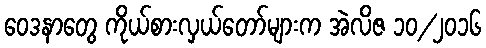
ဝေဒနာတွေ ကိုယ်စားလှယ်တော်များက အဲလိဇ ၁၀/၂၀၁၆